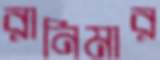
রানিমার